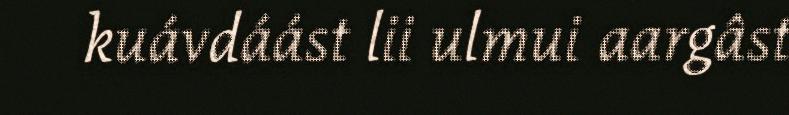
kuávdáást lii ulmui aargâst